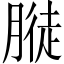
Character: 𱼓